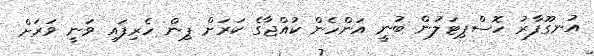
އުނގޫފާރު ހޮސްޕިޓަލުން ބުނީ އަންހެން ކުއްޖާގެ ކަރަށް ޕިން ހެރިފައި ވަނީ ވަރަށް